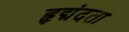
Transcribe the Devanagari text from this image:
हृद्मंदता